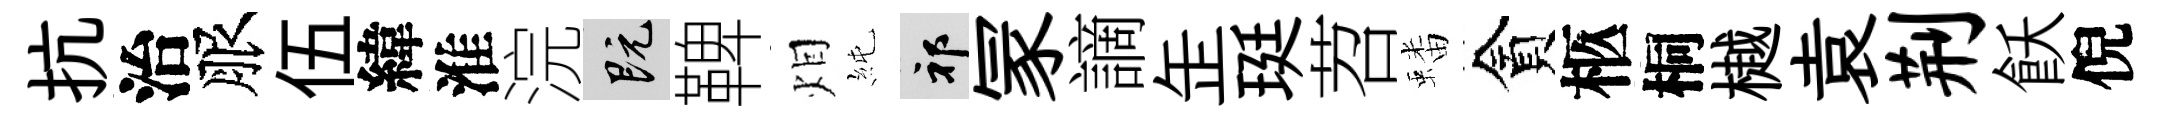
抗治服伍緯淮浣既鞞𤇆純祁冡謫𦈢珽苕蟠貪柩桐樾袁荆飫倪